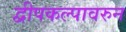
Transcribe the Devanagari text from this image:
द्वीपकल्पावरुन